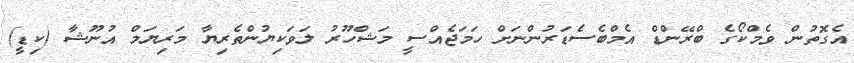
އެގޮތުން ވެމްކޯގެ ބްރޭންޑް އެމްބެސެޑަރުންނަށް ހަމަޖެއްސީ މަޝްހޫރު ލަވަކިޔުންތެރިޔާ މަރިޔަމް އުނޫޝާ (ކިޑީ)